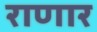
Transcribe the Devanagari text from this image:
राणार